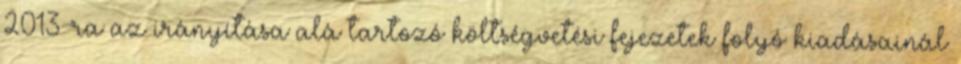
2013-ra az irányítása alá tartozó költségvetési fejezetek folyó kiadásainál